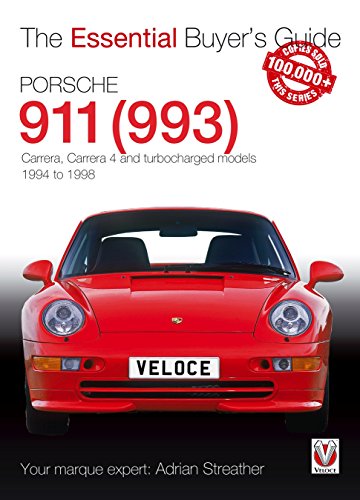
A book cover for Porsche 911 (993): Carrera, Carrera 4 and Turbocharged Models 1994 to 1998 (The Essential Buyer's Guide); Adrian Streather; Engineering & Transportation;